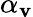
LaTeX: \alpha_{\mathbf{v}}